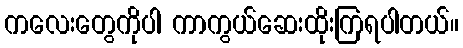
ကလေးတွေကိုပါ ကာကွယ်ဆေးထိုးကြရပါတယ်။